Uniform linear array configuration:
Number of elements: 16
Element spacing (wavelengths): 0.75
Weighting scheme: binomial
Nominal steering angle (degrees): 15
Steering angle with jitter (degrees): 14.515
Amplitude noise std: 0.05
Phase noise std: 0.05

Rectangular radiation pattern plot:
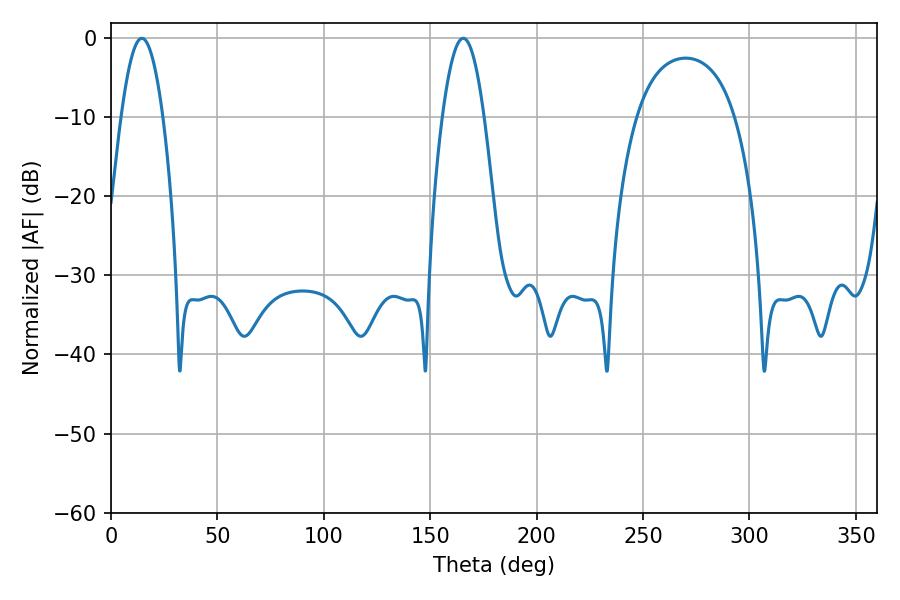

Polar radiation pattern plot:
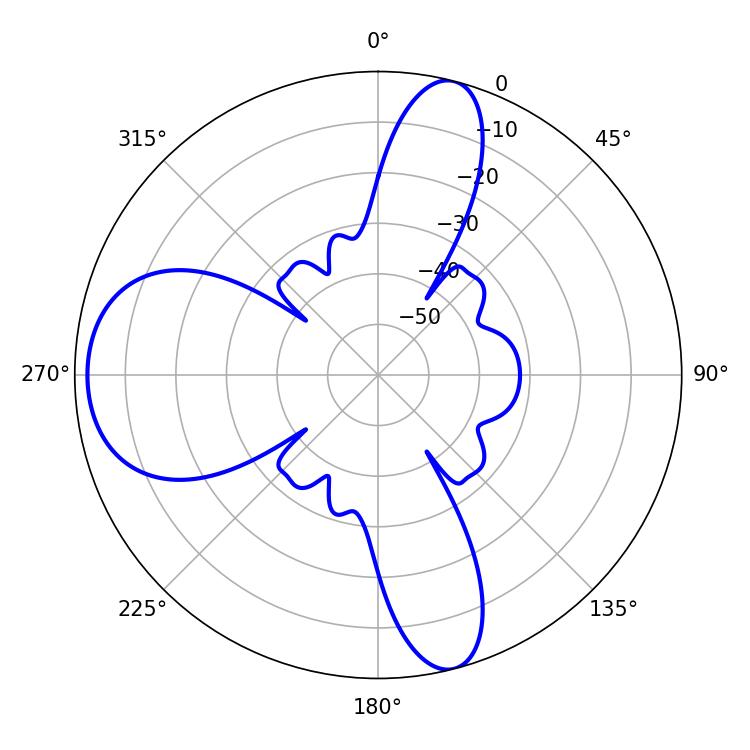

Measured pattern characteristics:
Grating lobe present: TRUE
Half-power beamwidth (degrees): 10.62
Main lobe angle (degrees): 14.58